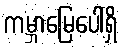
ကမ္ဘာမြေပေါ်ရှိ